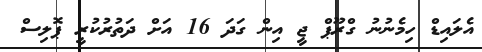
އެލައިޑް ހިމެނުނު ގްރޫޕް ޖީ އިން ގަދަ 16 އަށް ދަތުރުކުރީ ޕޮލިސް